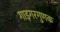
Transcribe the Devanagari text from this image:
गाइगरगुणक